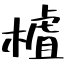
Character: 樝